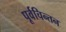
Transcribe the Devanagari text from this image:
पूर्वचिन्तन